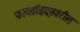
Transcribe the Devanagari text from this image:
फायब्रॉइड्‌सवरील